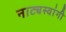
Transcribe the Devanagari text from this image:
नाट्यस्वांगी